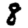
Digit: 8